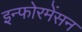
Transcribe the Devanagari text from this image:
इन्फोरमेंसन